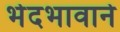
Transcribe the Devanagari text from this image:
भेदभावाने